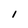
Character: 1